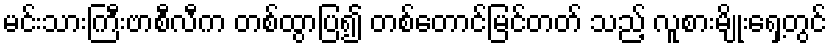
မင်းသားကြီးဗာစီလီက တစ်ထွာပြ၍ တစ်တောင်မြင်တတ် သည့် လူစားမျိုးရှေ့တွင်